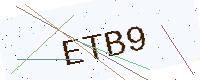
Text: ETB9